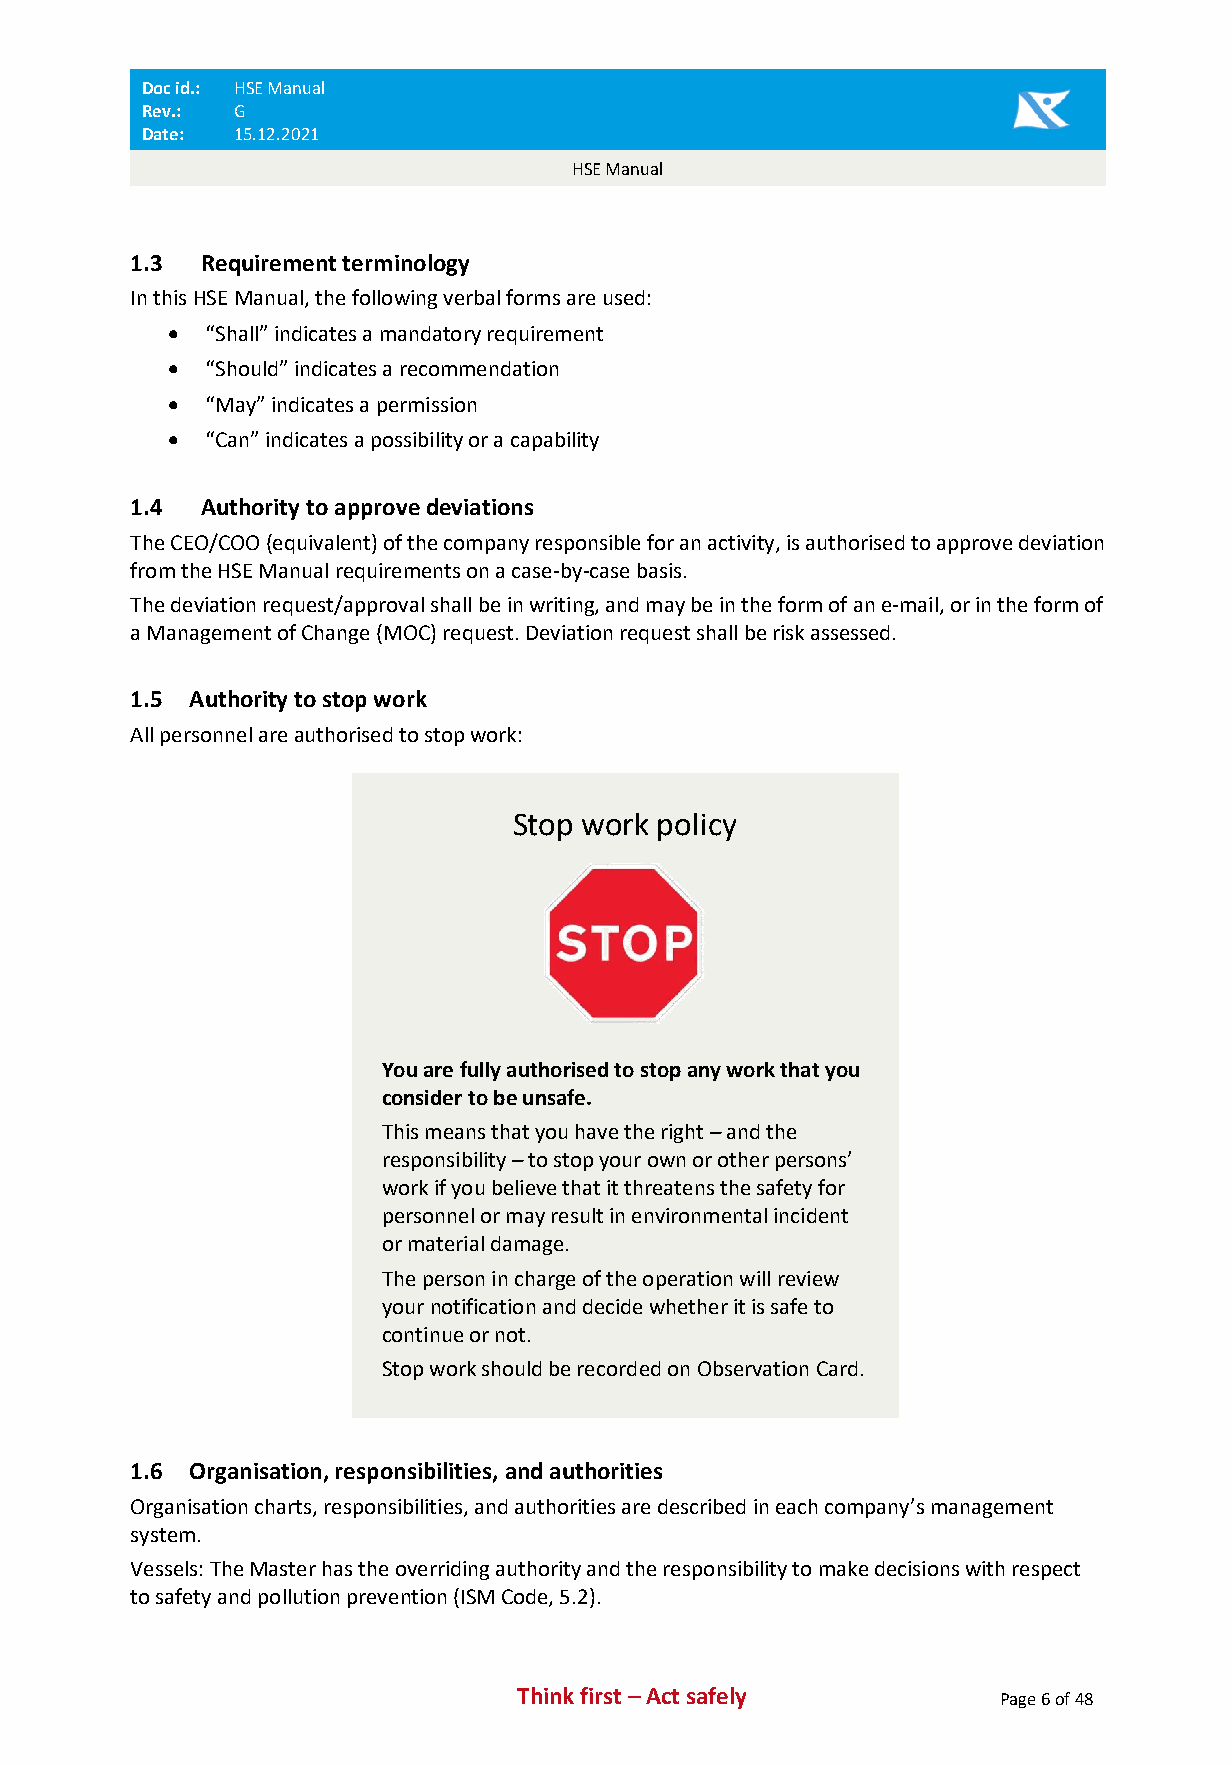
Doc id.: HSE Manual
 Rev.: G
 Date: 15.12.2021
 HSE Manual
 1.3  Requirement terminology
 In this HSE Manual, the following verbal forms are used:
 • “Shall” indicates a mandatory requirement
 • “Should” indicates a recommendation
 • “May” indicates a permission
 • “Can” indicates a possibility or a capability
 1.4  Authority to approve deviations
 The CEO/COO (equivalent) of the company responsible for an activity, is authorised to approve deviation
 from the HSE Manual requirements on a case-by-case basis.
 The deviation request/approval shall be in writing, and may be in the form of an e-mail, or in the form of
 a Management of Change (MOC) request. Deviation request shall be risk assessed.
 1.5 Authority to stop work
 All personnel are authorised to stop work:
 Stop work policy
 You are fully authorised to stop any work that you
 consider to be unsafe.
 This means that you have the right – and the
 responsibility – to stop your own or other persons’
 work if you believe that it threatens the safety for
 personnel or may result in environmental incident
 or material damage.
 The person in charge of the operation will review
 your notification and decide whether it is safe to
 continue or not.
 Stop work should be recorded on Observation Card.
 1.6 Organisation, responsibilities, and authorities
 Organisation charts, responsibilities, and authorities are described in each company’s management
 system.
 Vessels: The Master has the overriding authority and the responsibility to make decisions with respect
 to safety and pollution prevention (ISM Code, 5.2).
 Think first – Act safely        Page 6 of 48